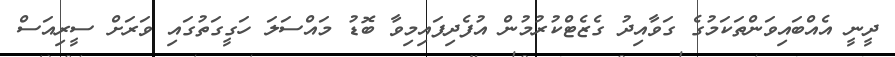
ދީނީ އެއްބައިވަންތަކަމުގެ ގަވާއިދު ގެޒެޓްކުރުމުން އުފެދިފައިމިވާ ބޮޑު މައްސަލަ ހަގީގަތުގައި ވަރަށް ސީރިއަސް